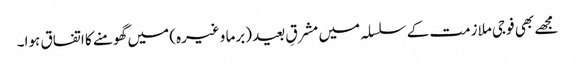
مجھے بھی فوجی ملازمت کے سلسلہ میں مشرقِ بعید (برما وغیرہ) میں گھومنے کا اتفاق ہوا۔